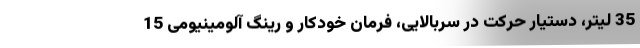
35 لیتر، دستیار حرکت در سربالایی، فرمان خودکار و رینگ آلومینیومی 15